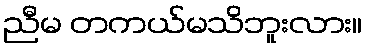
ညီမ တကယ်မသိဘူးလား။